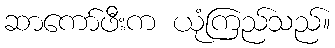
ဆာကော်ဖီးက ယုံကြည်သည်။